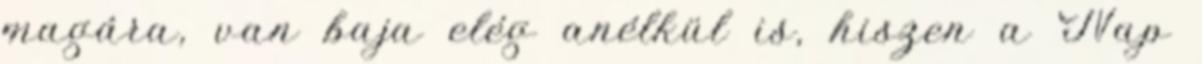
magára, van baja elég anélkül is, hiszen a Nap